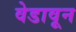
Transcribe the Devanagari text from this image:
वेडावून